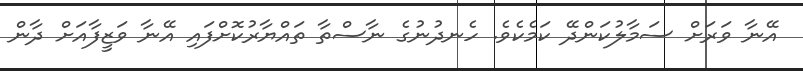
އޭނާ ވަރަށް ސަމާލުކަންދޭ ކަމެކެވެ. ހެނދުނުގެ ނާސްތާ ތައްޔާރުކޮށްފައި އޭނާ ވަޒީފާއަށް ދާން